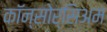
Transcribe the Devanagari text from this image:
कॉन्सोर्सिअम